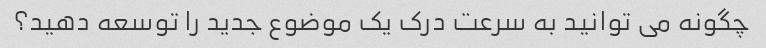
چگونه می توانید به سرعت درک یک موضوع جدید را توسعه دهید؟